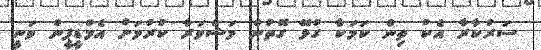
ސަރުކާރާ އެކު ތިން ކަމަކާ ގުޅޭ ގޮތުން މަޝްވަރާ ކުރުމަށް އެމްޑީޕީން ވަނީ